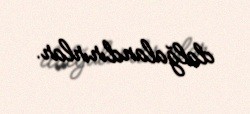
dalğalandırırlar.